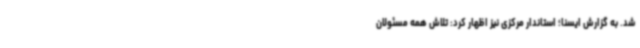
شد. به گزارش ایسنا؛ استاندار مرکزی نیز اظهار کرد: تلاش همه مسئولان